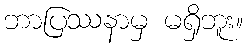
ဘာပြဿနာမှ မရှိဘူး။